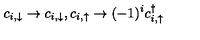
c _ { i , \downarrow } \rightarrow c _ { i , \downarrow } , c _ { i , \uparrow } \rightarrow ( - 1 ) ^ { i } c _ { i , \uparrow } ^ { \dagger }